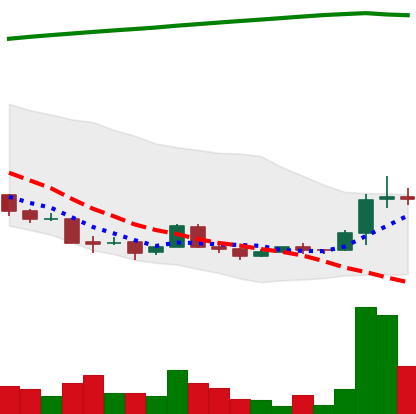
Ticker: XRP-USD
Chart end date: 2018-04-14
Forward return: 25.276%
Label: up_7plus